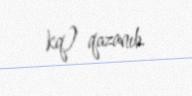
kq) qazanıb.